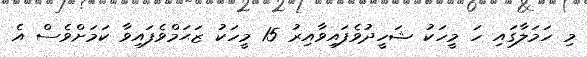
މި ހަމަލާގައި ހަ މީހަކު ޝަހީދުވެފައިވާއިރު 15 މީހަކު ޒަޙަމްވެފައިވާ ކަމަށްވެސް އެ